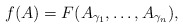
\begin{align*}f(A) = F(A_{\gamma_1}, \dots , A_{\gamma_n}),\end{align*}